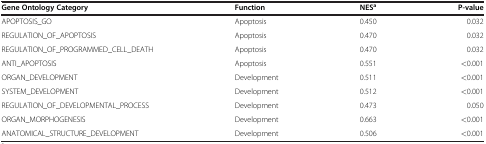
| Gene Ontology Category | Function | NESa | P-value |
 | --- | --- | --- | --- |
 | APOPTOSIS_GO | Apoptosis | 0.450 | 0.032 |
 | REGULATION_OF_APOPTOSIS | Apoptosis | 0.470 | 0.032 |
 | REGULATION_OF_PROGRAMMED_CELL_DEATH | Apoptosis | 0.470 | 0.032 |
 | ANTI_APOPTOSIS | Apoptosis | 0.551 | <0.001 |
 | ORGAN_DEVELOPMENT | Development | 0.511 | <0.001 |
 | SYSTEM_DEVELOPMENT | Development | 0.512 | <0.001 |
 | REGULATION_OF_DEVELOPMENTAL_PROCESS | Development | 0.473 | 0.050 |
 | ORGAN_MORPHOGENESIS | Development | 0.663 | <0.001 |
 | ANATOMICAL_STRUCTURE_DEVELOPMENT | Development | 0.506 | <0.001 |